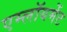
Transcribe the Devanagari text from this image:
एम्लॉयमेंट